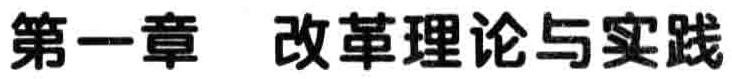
\chapter{改革理论与实践}